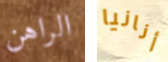
الراهن أنانيا